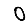
Digit: 0